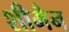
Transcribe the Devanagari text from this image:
शीमैन